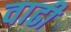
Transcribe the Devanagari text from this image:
वाढी